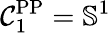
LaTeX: \mathcal{C}_{1}^{\mathrm{PP}}=\mathbb{S}^{1}